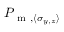
P _ { \mathrm { ~ m ~ } , \langle \sigma _ { y , z } \rangle }